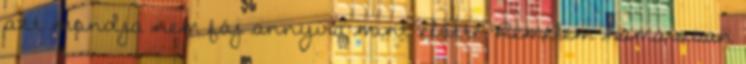
azt mondja nem fáj annyira mint előtte. Remélem hamarosan